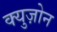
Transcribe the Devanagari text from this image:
क्युज़ोन